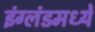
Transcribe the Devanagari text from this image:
इंग्लंडमध्यें